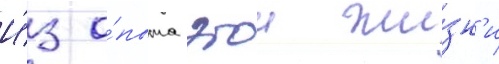
И́з о́пыта этои жи́зн'и